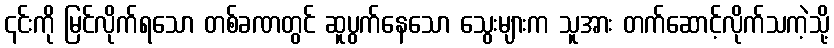
၎င်းကို မြင်လိုက်ရသော တစ်ခဏတွင် ဆူပွက်နေသော သွေးများက သူအား တက်ဆောင့်လိုက်သကဲ့သို့